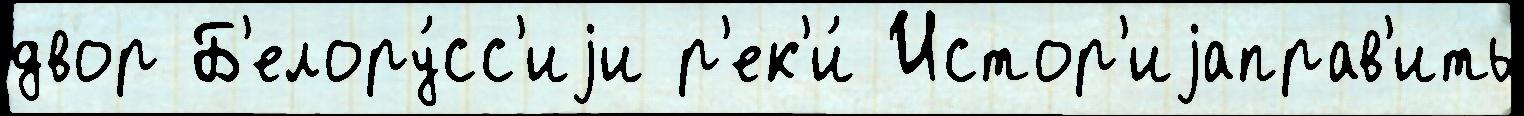
двор Б'елору́сс'иjи р'ек'и́ Истор'иjаправ'ить